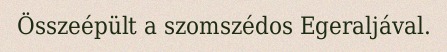
Összeépült a szomszédos Egeraljával.